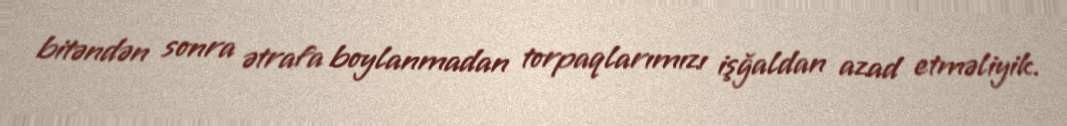
bitəndən sonra ətrafa boylanmadan torpaqlarımızı işğaldan azad etməliyik.